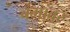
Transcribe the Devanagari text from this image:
बंगांवर